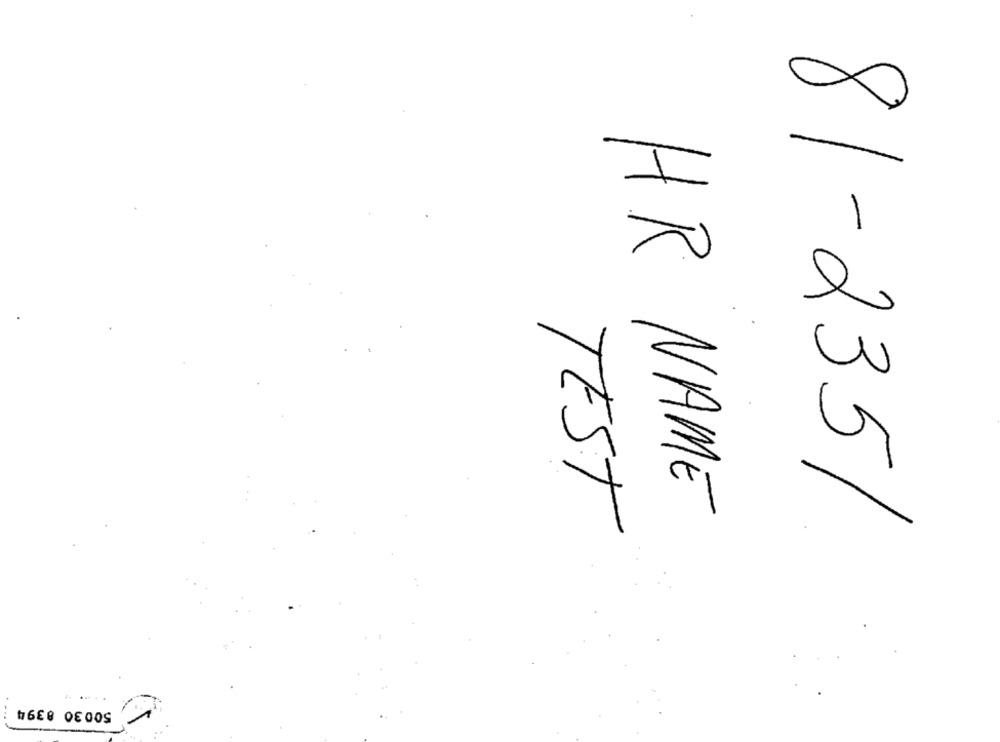
HR NAME
TEST
81-235/
500 30 8394